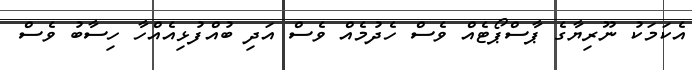
އެކަމަކު ނޫރިޔާގެ ޕާސްޕޯޓެއް ވެސް ހެދުމެއް ވެސް އަދި ބުއްފުޅިއެއްހާ ހިސާބު ވެސް